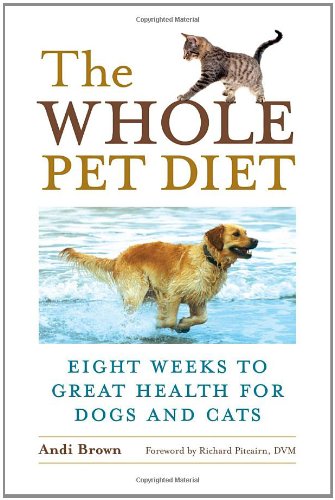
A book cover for The Whole Pet Diet: Eight Weeks to Great Health for Dogs and Cats; Andi Brown; Cookbooks, Food & Wine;